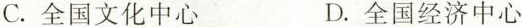
C.全国文化中心 D.全国经济中心